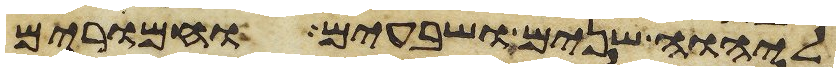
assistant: ליהוה שנים ושבעים וחמרים